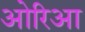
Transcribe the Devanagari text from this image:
ओरिआ